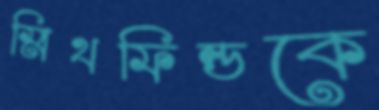
স্মিথফিল্ডকে